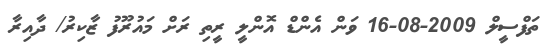
ތަފްސީލް 2009-08-16 ވަން އެންޑް އޮންލީ ރީތި ރަށް މައުރޫފު ޒާކިރު/ ދާއިރާ